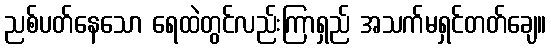
ညစ်ပတ်နေသော ရေထဲတွင်လည်းကြာရှည် အသက်မရှင်တတ်ချေ။